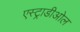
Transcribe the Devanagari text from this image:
एस्ट्राडीओल